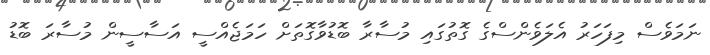
ނަމަވެސް މިފަހަރު އެލަވެންސްގެ ގޮތުގައި މުސާރާ ބޮޑުވާގޮތަށް ހަމަޖެއްސީ އަސާސީން މުސާރަ ބޮޑު